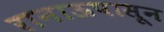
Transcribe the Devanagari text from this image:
रानाऊपासून